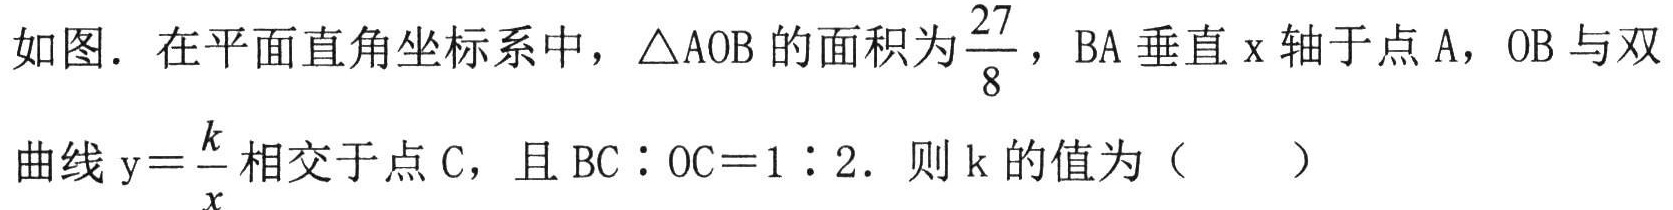
如图．在平面直角坐标系中，$\triangle \mathrm{A}\mathrm{O}\mathrm{B}$的面积为$\frac{27}{8}$，$\mathrm{B}\mathrm{A}$垂直$\mathrm{x}$轴于点$\mathrm{A}$，$\mathrm{O}\mathrm{B}$与双曲线$\mathrm{y}=\frac{k}{x}$相交于点$\mathrm{C}$，且$\mathrm{B}\mathrm{C}:\mathrm{O}\mathrm{C}=1:2$．则$\mathrm{k}$的值为（  ）